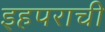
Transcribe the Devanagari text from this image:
इहपराची